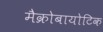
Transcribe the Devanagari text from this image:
मैक्रोबायोटिक